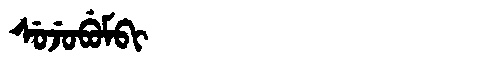
Manchu: ᠰᡠᠵᡠᠪᡠᠮᠪᡳ
Romanization: SUJUBUMBI